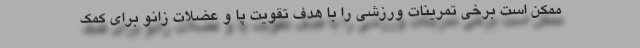
ممکن است برخی تمرینات ورزشی را با هدف تقویت پا و عضلات زانو برای کمک